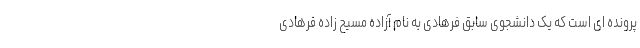
پرونده ای است که یک دانشجوی سابق فرهادی به نام آزاده مسیح زاده فرهادی